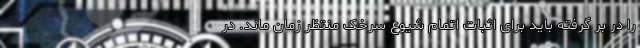
را در بر گرفته باید برای اثبات اتمام شیوع سرخک منتظر زمان ماند. در